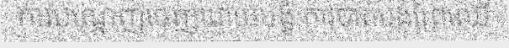
ការបណ្តេញចេញដោយបង្ខំ ការបាត់បង់ព្រៃឈើ